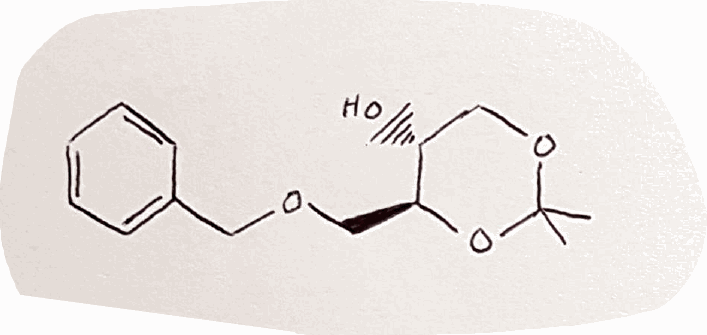
Simplified molecular-input line-entry system (SMILES) notation of the given molecule:
CC1(OC[C@H]([C@@H](O1)COCC2=CC=CC=C2)O)C